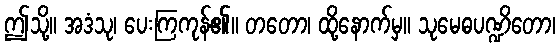
ဤသို့။ အဒံသု၊ ပေးကြကုန်၏။ တတော၊ ထို့နောက်မှ။ သုမေဓပဏ္ဍိတော၊